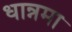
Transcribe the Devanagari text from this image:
धान्नमा